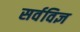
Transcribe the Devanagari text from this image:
सर्वविज्ञ